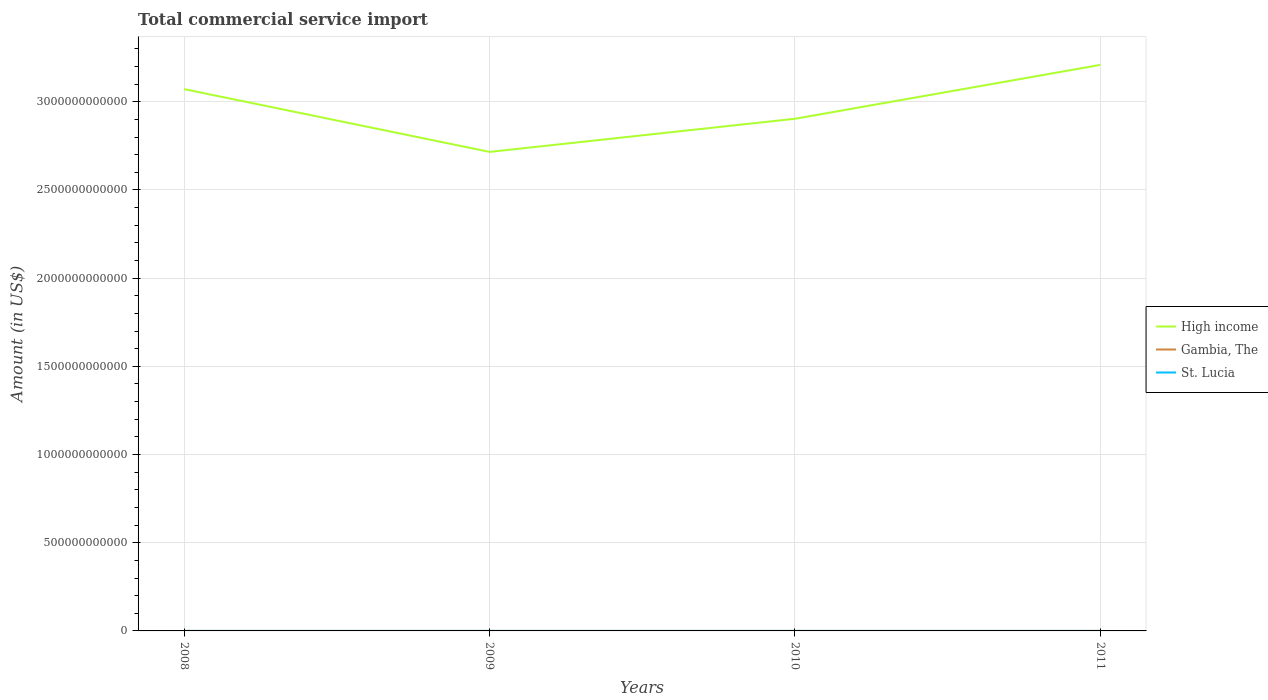
| Years | High income | Gambia, The | St. Lucia |
 | --- | --- | --- | --- |
 | 2008 | 3.07e+12 | 8.56e+07 | 2.09e+08 |
 | 2009 | 2.72e+12 | 8.26e+07 | 1.85e+08 |
 | 2010 | 2.9e+12 | 7.32e+07 | 2e+08 |
 | 2011 | 3.21e+12 | 6.84e+07 | 1.97e+08 |